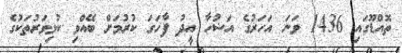
ތޮއްޑޫގައި 1436 ވަނަ އަހަރުގެ އަޟުހާ އީދު ފާހަގަ ކުރުމަށް ބޭއްވި ކުޅިވަރުތަކުގެ